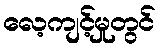
လေ့ကျင့်မှုတွင်